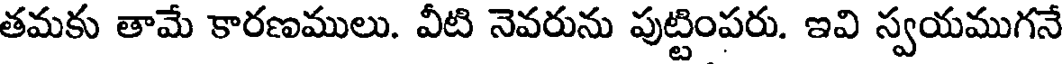
తమకు తామే కారణములు. వీటి నెవరును పుట్టింపరు. ఇవి స్వయముగనే